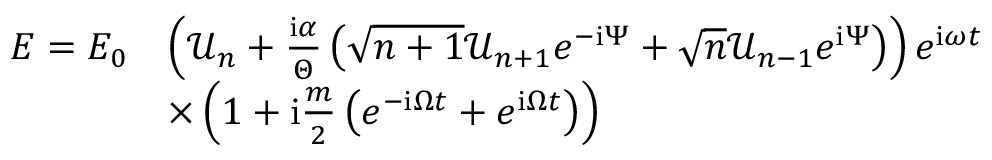
\begin{array} { r l } { E = E _ { 0 } } & { \left( \mathcal { U } _ { n } + \frac { \mathrm { i } \alpha } { \Theta } \left( \sqrt { n + 1 } \mathcal { U } _ { n + 1 } e ^ { - \mathrm { i } \Psi } + \sqrt { n } \mathcal { U } _ { n - 1 } e ^ { \mathrm { i } \Psi } \right) \right) e ^ { \mathrm { i } \omega t } } \\ & { \times \left( 1 + \mathrm { i } \frac { m } { 2 } \left( e ^ { - \mathrm { i } \Omega t } + e ^ { \mathrm { i } \Omega t } \right) \right) } \end{array}